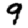
Digit: 9